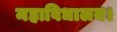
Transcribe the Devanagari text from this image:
महाविधालय।